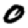
Digit: 0